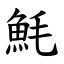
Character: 魹